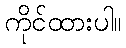
ကိုင်ထားပါ။